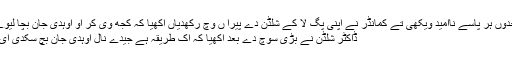
جدوں ہر پاسے ناامید ویکھی تے کمانڈر نے اپنی پگ لا کے شلڈن دے پیرا ں وچ رکھدیاں آکھیا کہ کجھ وی کر او اوہدی جان بچا لیوے
ڈاکٹر شلڈن نے بڑی سوچ دے بعد آکھیا کہ اک طریقہ ہے جیدے نال اوہدی جان بچ سکدی ای ۔